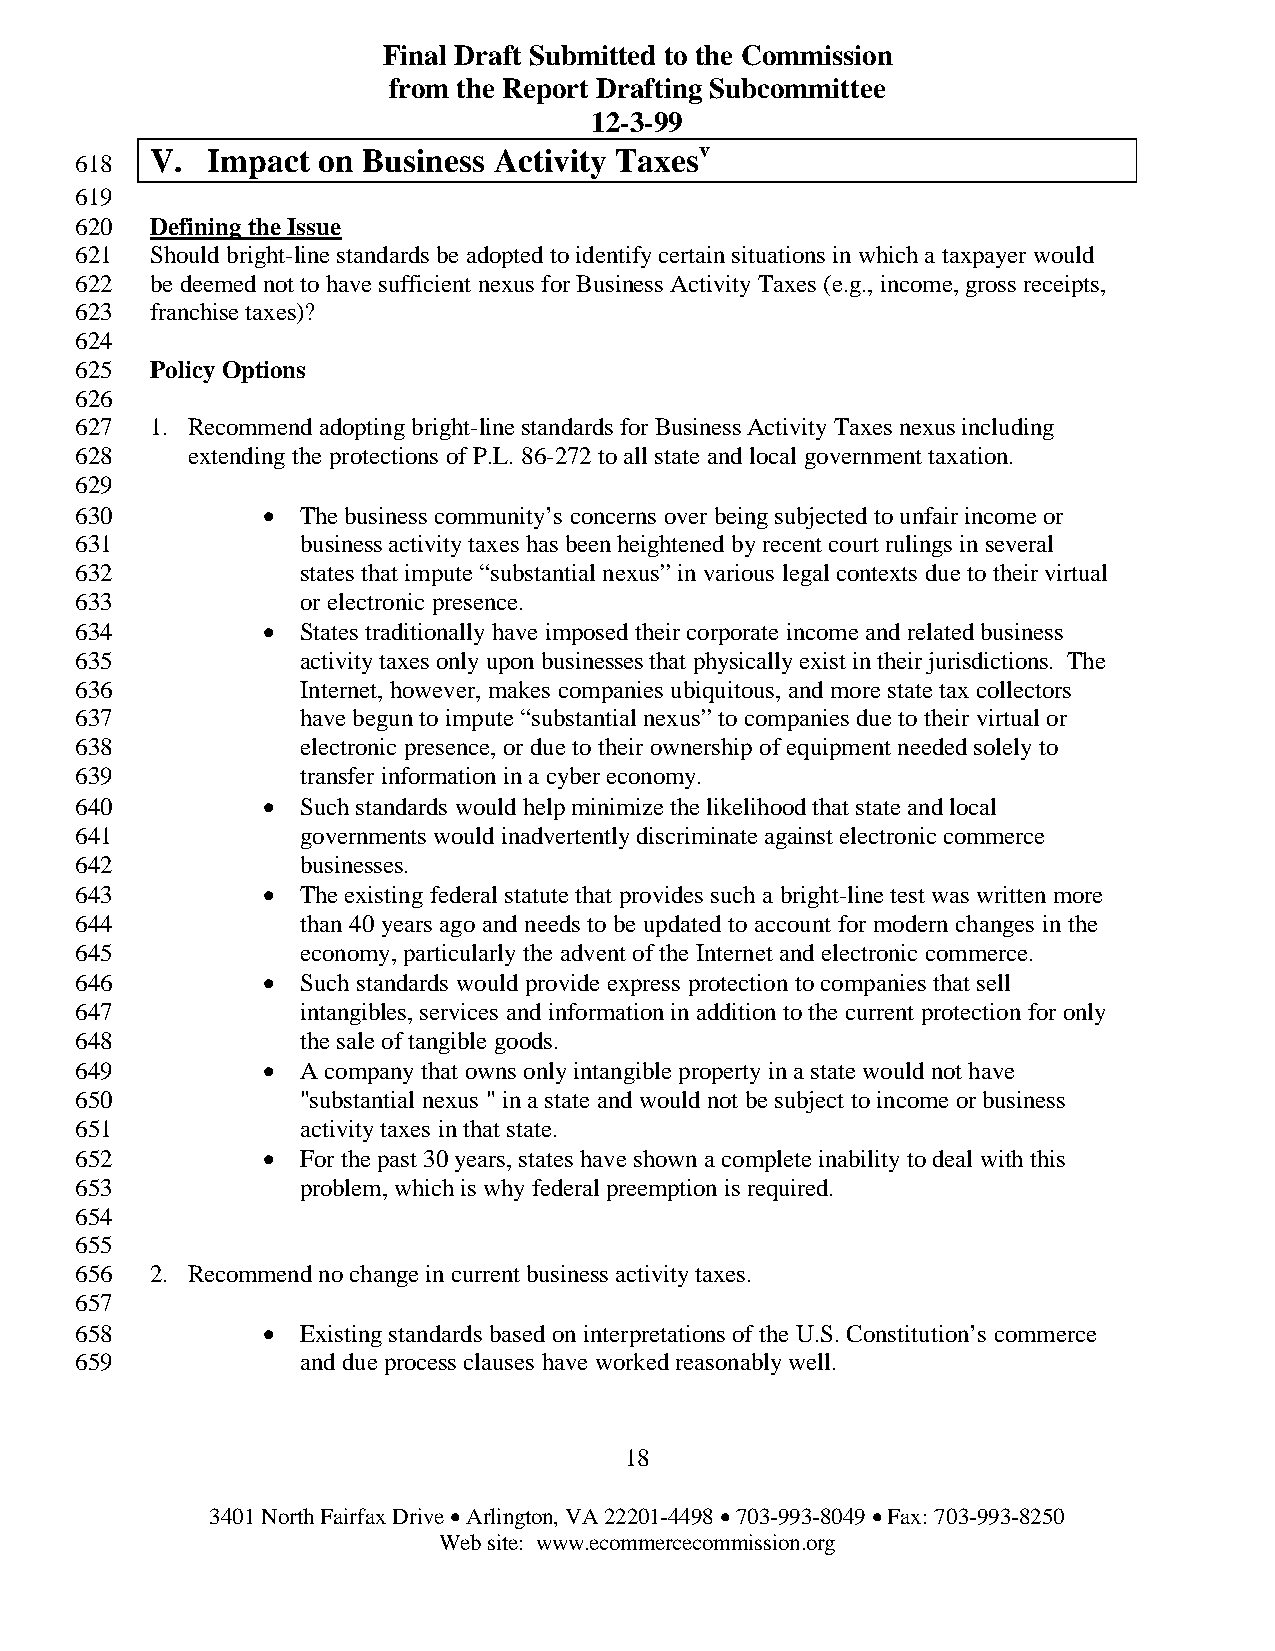
Final Draft Submitted to the Commission
 from the Report Drafting Subcommittee
 12-3-99
 v
 V.  Impact on Business Activity Taxes
 618
 619
 620  Defining the Issue
 621  Should bright-line standards be adopted to identify certain situations in which a taxpayer would
 622  be deemed not to have sufficient nexus for Business Activity Taxes (e.g., income, gross receipts,
 623  franchise taxes)?
 624
 625  Policy Options
 626
 627  1. Recommend adopting bright-line standards for Business Activity Taxes nexus including
 628    extending the protections of P.L. 86-272 to all state and local government taxation.
 629
 630         •  The business community’s concerns over being subjected to unfair income or
 631            business activity taxes has been heightened by recent court rulings in several
 632            states that impute “substantial nexus” in various legal contexts due to their virtual
 633            or electronic presence.
 634         •  States traditionally have imposed their corporate income and related business
 635            activity taxes only upon businesses that physically exist in their jurisdictions. The
 636            Internet, however, makes companies ubiquitous, and more state tax collectors
 637            have begun to impute “substantial nexus” to companies due to their virtual or
 638            electronic presence, or due to their ownership of equipment needed solely to
 639            transfer information in a cyber economy.
 640         •  Such standards would help minimize the likelihood that state and local
 641            governments would inadvertently discriminate against electronic commerce
 642            businesses.
 643         •  The existing federal statute that provides such a bright-line test was written more
 644            than 40 years ago and needs to be updated to account for modern changes in the
 645            economy, particularly the advent of the Internet and electronic commerce.
 646         •  Such standards would provide express protection to companies that sell
 647            intangibles, services and information in addition to the current protection for only
 648            the sale of tangible goods.
 649         •  A company that owns only intangible property in a state would not have
 650            "substantial nexus " in a state and would not be subject to income or business
 651            activity taxes in that state.
 652         •  For the past 30 years, states have shown a complete inability to deal with this
 653            problem, which is why federal preemption is required.
 654
 655
 656  2. Recommend no change in current business activity taxes.
 657
 658         •  Existing standards based on interpretations of the U.S. Constitution’s commerce
 659            and due process clauses have worked reasonably well.
 18
 3401 North Fairfax Drive • Arlington, VA 22201-4498 • 703-993-8049 • Fax: 703-993-8250
 Web site: www.ecommercecommission.org